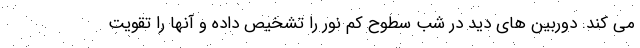
می کند. دوربین های دید در شب سطوح کم نور را تشخیص داده و آنها را تقویت